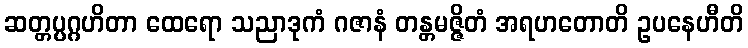
ဆတ္တပ္ပဂ္ဂဟိတာ ထေရော သညာဒုကံ ဂဇာနံ တန္တမဇ္ဇိတံ အရဟတောတိ ဥပနေဟီတိ